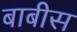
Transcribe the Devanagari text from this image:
बाबीस